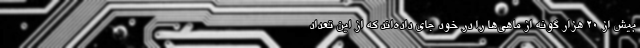
بیش از ۲۰ هزار گونه از ماهی‌ها را در خود جای داده‌اند که از این تعداد